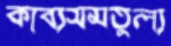
কাব্যসমতুল্য